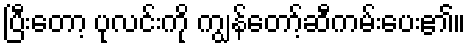
ပြီးတော့ ပုလင်းကို ကျွန်တော့်ဆီကမ်းပေး၏။